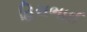
હિરાભાઈ